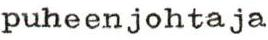
puheenjohtaja